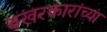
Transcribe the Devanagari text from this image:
बखरकारांच्या